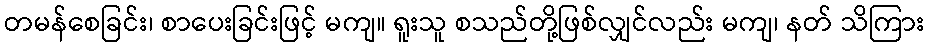
တမန်စေခြင်း၊ စာပေးခြင်းဖြင့် မကျ။ ရူးသူ စသည်တို့ဖြစ်လျှင်လည်း မကျ၊ နတ် သိကြား